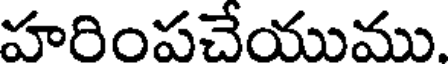
హరింపచేయుము.